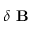
\delta \textbf { B }